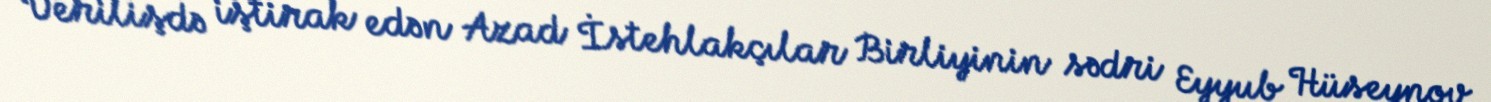
Verilişdə iştirak edən Azad İstehlakçılar Birliyinin sədri Eyyub Hüseynov